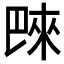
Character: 𪩭